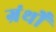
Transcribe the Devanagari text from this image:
ग्रंथोँ